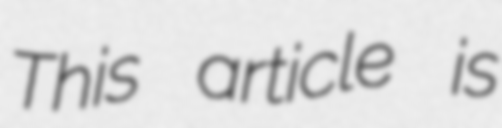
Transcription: This article is